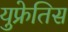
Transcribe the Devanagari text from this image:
युफ्रेतिस